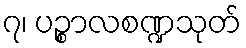
၇၊ ပဉ္စာလစဏ္ဍသုတ်